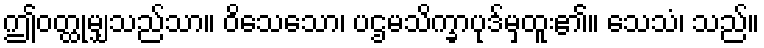
ဤဝတ္ထုမျှသည်သာ။ ဝိသေသော၊ ပဌမသိက္ခာပုဒ်မှထူး၏။ သေသံ၊ သည်။